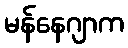
မန်နေဂျာက